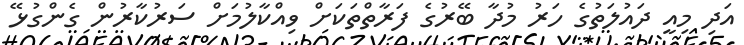
އަދި މިއީ ދައުލަތުގެ ހަރު މުދާ ބޭރުގެ ފަރާތްތަކަށް ވިއްކާލުމަށް ސަރުކާރުން ގެންގުޅޭ